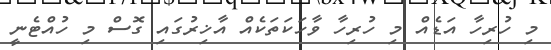
މި ހުރިހާ އަޑެެއް މި ހުރިހާ ވާހަކަތަކެއް އާޚިރުގައި ގޮސް މި ހުއްޓެނީ